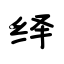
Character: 绎